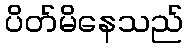
ပိတ်မိနေသည်